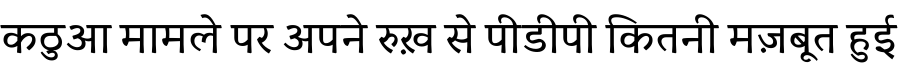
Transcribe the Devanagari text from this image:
कठुआ मामले पर अपने रुख़ से पीडीपी कितनी मज़बूत हुई